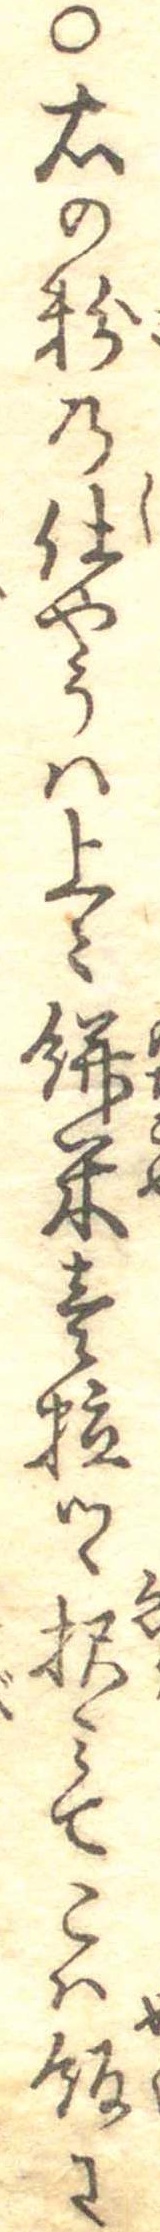
○右の粉の仕やうは上々餅米壱粒つゝ択みてこは飯に